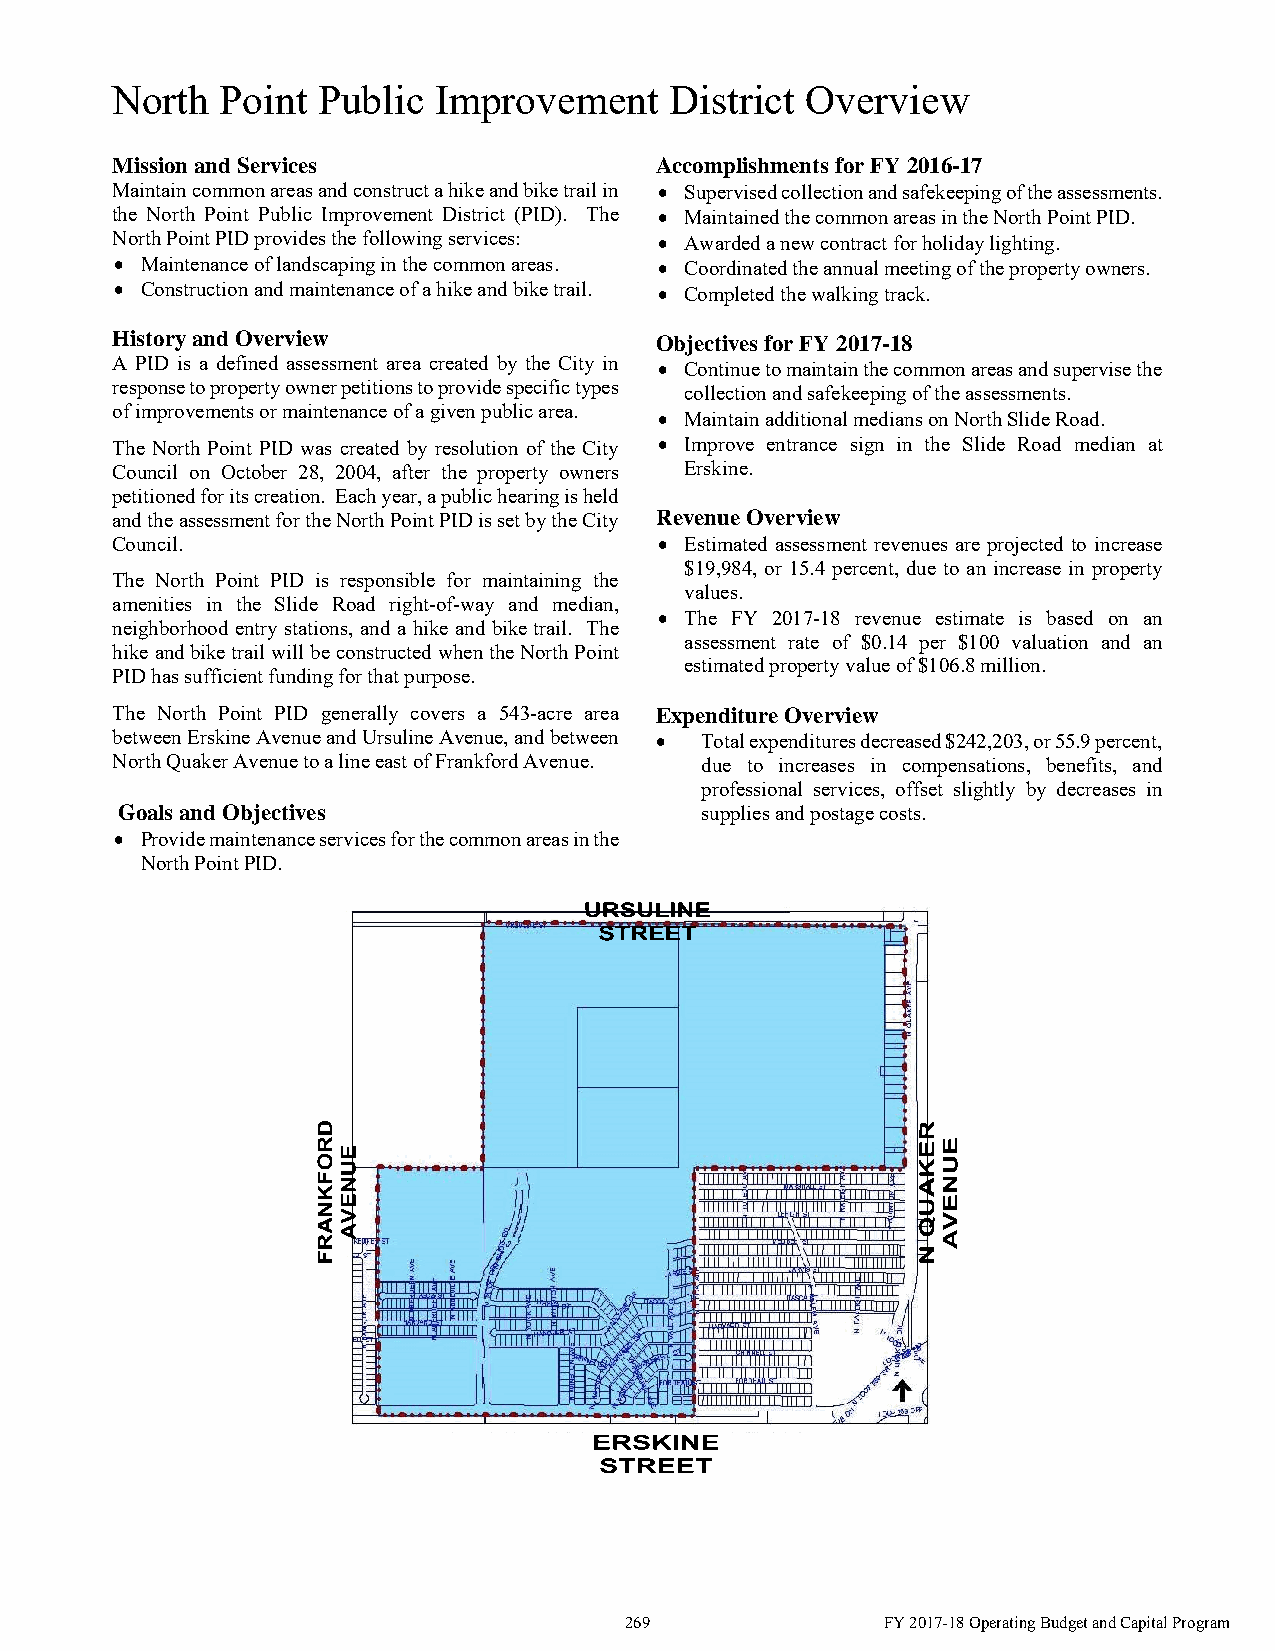
North   Point Public  Improvement    District Overview
 Mission and Services                Accomplishments for FY 2016-17
 Maintain common areas and construct a hike and bike trail in  Supervised collection and safekeeping of the assessments.
 the North Point Public Improvement District (PID). The  Maintained the common areas in the North Point PID.
 North Point PID provides the following services:  Awarded a new contract for holiday lighting.
  Maintenance of landscaping in the common areas.  Coordinated the annual meeting of the property owners.
  Construction and maintenance of a hike and bike trail.  Completed the walking track.
 History and Overview                Objectives for FY 2017-18
 A PID is a defined assessment area created by the City in  Continue to maintain the common areas and supervise the
 response to property owner petitions to provide specific types collection and safekeeping of the assessments.
 of improvements or maintenance of a given public area.  Maintain additional medians on North Slide Road.
 The North Point PID was created by resolution of the City  Improve entrance sign in the Slide Road median at
 Council on October 28, 2004, after the property owners Erskine.
 petitioned for its creation. Each year, a public hearing is held
 and the assessment for the North Point PID is set by the City Revenue Overview
 Council.                              Estimated assessment revenues are projected to increase
 $19,984, or 15.4 percent, due to an increase in property
 The North Point PID is responsible for maintaining the
 values.
 amenities in the Slide Road right-of-way and median,
  The FY 2017-18 revenue estimate is based on an
 neighborhood entry stations, and a hike and bike trail. The
 assessment rate of $0.14 per $100 valuation and an
 hike and bike trail will be constructed when the North Point
 estimated property value of $106.8 million.
 PID has sufficient funding for that purpose.
 The North Point PID generally covers a 543-acre area Expenditure Overview
 between Erskine Avenue and Ursuline Avenue, and between  Total expenditures decreased $242,203, or 55.9 percent,
 North Quaker Avenue to a line east of Frankford Avenue. due to increases in compensations, benefits, and
 professional services, offset slightly by decreases in
 Goals and Objectives                  supplies and postage costs.
  Provide maintenance services for the common areas in the
 North Point PID.
 269               FY 2017-18 Operating Budget and Capital Program